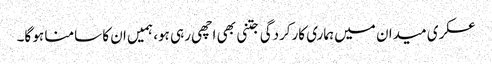
عسکری میدان میں ہماری کارکردگی جتنی بھی اچھی رہی ہو، ہمیں ان کا سامنا ہو گا۔